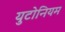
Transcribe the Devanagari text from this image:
युटोनियम